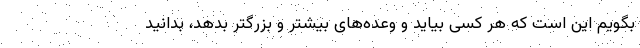
بگویم این است که هر کسی بیاید و وعده‌های بیشتر و بزرگتر بدهد، بدانید